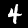
Label: 4